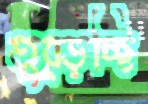
তুব্‌ড়চ্ছি